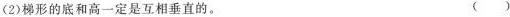
(2)梯形的底和高一定是互相垂直。 （）